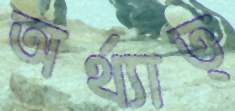
অর্থ্যাত্